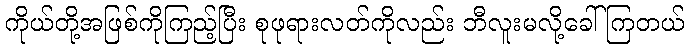
ကိုယ်တို့အဖြစ်ကိုကြည့်ပြီး စုဖုရားလတ်ကိုလည်း ဘီလူးမလို့ခေါ် ကြတယ်